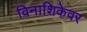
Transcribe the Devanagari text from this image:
विनाशिकेवर